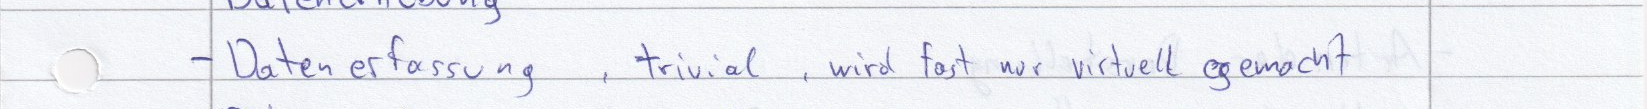
- Datenerfassung, trivial, wird fast nur virtuell gemacht